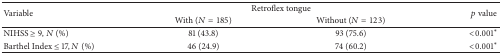
| <ROWSPAN=2> Variable | <COLSPAN=2> Retroflex tongue | <ROWSPAN=2> p value |
 | With (N = 185) | Without (N = 123) |
 | --- | --- | --- | --- |
 | NIHSS ≥ 9, N (%) | 81 (43.8) | 93 (75.6) | <0.001∗ |
 | Barthel Index ≤ 17, N (%) | 46 (24.9) | 74 (60.2) | <0.001∗ |